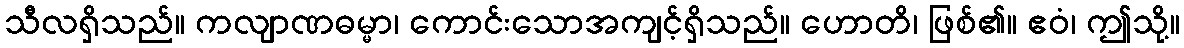
သီလရှိသည်။ ကလျာဏဓမ္မာ၊ ကောင်းသောအကျင့်ရှိသည်။ ဟောတိ၊ ဖြစ်၏။ ဧဝံ၊ ဤသို့။